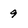
Character: 9